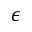
\epsilon